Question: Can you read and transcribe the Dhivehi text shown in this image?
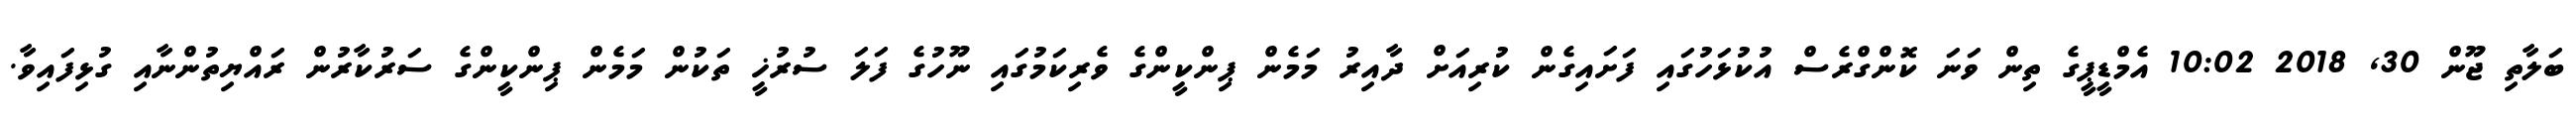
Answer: ބަލާތި ޖޫން 30, 2018 10:02 އެމްޑީޕީގެ ތިން ވަނަ ކޮންގްރެސް އުކުޅަހުގައި ފަށައިގެން ކުރިއަށް ދާއިރު މަމެން ޕިންކީންގެ ވެރިކަމުގައި ނޫހުގެ ފަލަ ސުރުޚީ ތަކުން މަމެން ޕިންކީންގެ ސަރުކާރުން ރައްޔިތުންނާއި ގުޅިފައިވާ.